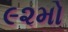
૯૨મો